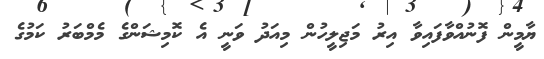
ޔާމީން ފޮނުއްވާފައިވާ އިރު މަޖިލީހުން މިއަދު ވަނީ އެ ކޮމިޝަންގެ މެމްބަރު ކަމުގެ